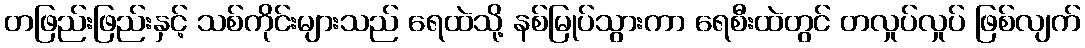
တဖြည်းဖြည်းနှင့် သစ်ကိုင်းများသည် ရေထဲသို့ နစ်မြုပ်သွားကာ ရေစီးထဲတွင် တလှုပ်လှုပ် ဖြစ်လျက်